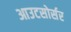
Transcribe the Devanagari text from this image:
आउटसोर्सर